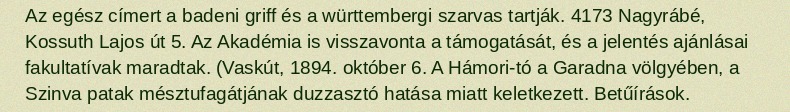
Az egész címert a badeni griff és a württembergi szarvas tartják. 4173 Nagyrábé, Kossuth Lajos út 5. Az Akadémia is visszavonta a támogatását, és a jelentés ajánlásai fakultatívak maradtak. (Vaskút, 1894. október 6. A Hámori-tó a Garadna völgyében, a Szinva patak mésztufagátjának duzzasztó hatása miatt keletkezett. Betűírások.